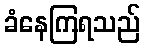
ခံနေကြရသည်